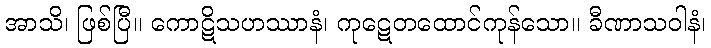
အာသိ၊ ဖြစ်ပြီ။ ကောဋိသဟဿာနံ၊ ကုဋေတထောင်ကုန်သော။ ခီဏာသဝါနံ၊